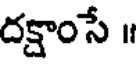
దక్షాంసే ॥